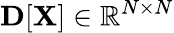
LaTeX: {\mathbf D}[{\mathbf X}]\in\mathbb{R}^{N\times N}